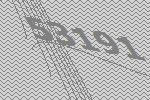
53191